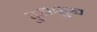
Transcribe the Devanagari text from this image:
दुखःसुख